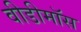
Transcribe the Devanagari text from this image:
वीडीमॉस